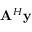
\mathbf A ^ { H } \mathbf y